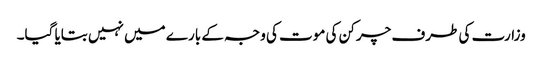
وزارت کی طرف چرکن کی موت کی وجہ کے بارے میں نہیں بتایا گیا۔